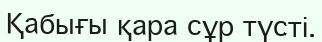
Қабығы қара сұр түсті.